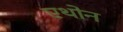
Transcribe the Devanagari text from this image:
एथोन